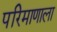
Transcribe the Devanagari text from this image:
परिमाणाला